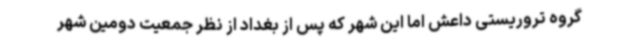
گروه تروریستی داعش اما این شهر که پس از بغداد از نظر جمعیت دومین شهر